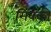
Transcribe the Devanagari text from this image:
मिक्को